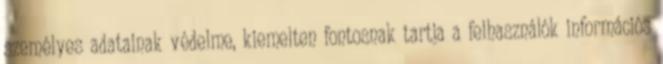
személyes adatainak védelme, kiemelten fontosnak tartja a felhasználók információs